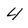
Character: 4